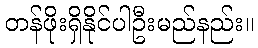
တန်ဖိုးရှိနိုင်ပါဦးမည်နည်း။